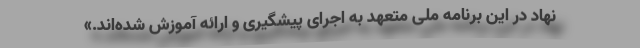
نهاد در این برنامه ملی متعهد به اجرای پیشگیری و ارائه آموزش شده‌اند.»